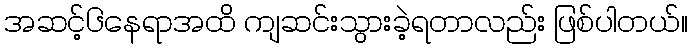
အဆင့်၆နေရာအထိ ကျဆင်းသွားခဲ့ရတာလည်း ဖြစ်ပါတယ်။